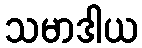
သမာဒါယ